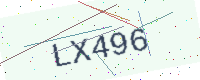
Text: LX496